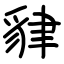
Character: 貄